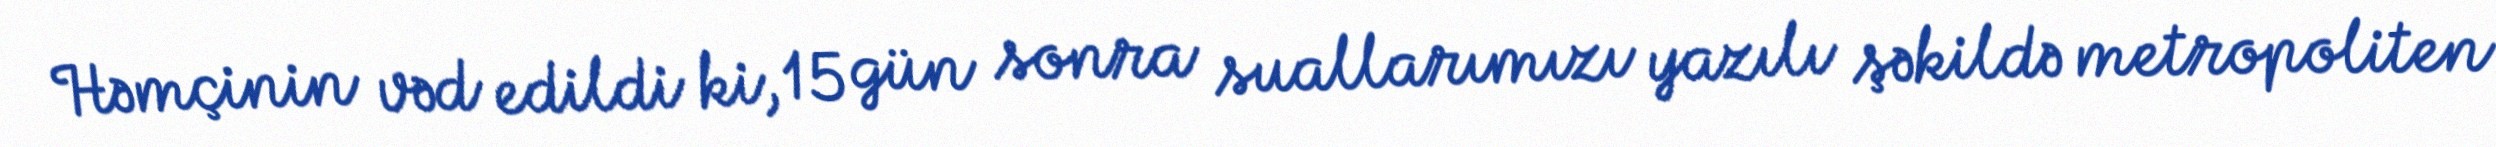
Həmçinin vəd edildi ki, 15 gün sonra suallarımızı yazılı şəkildə metropoliten